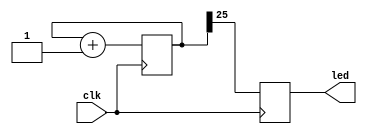
module BlinkLED (input clk, output reg led);
 
reg [32:0] counter;
 
/* Blink LED */
always @(posedge clk ) begin
    counter <= counter + 1;
    led = counter[25];
end
 
endmodule